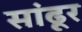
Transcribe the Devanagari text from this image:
सांढूर